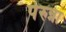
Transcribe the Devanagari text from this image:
पेरुन्ना